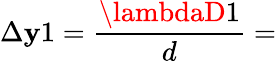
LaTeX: \Delta\mathbf{y}1=\frac{{\lambdaD1}}{{d}}=